Jaan_Tonisson_(Lasteleht), lk 334
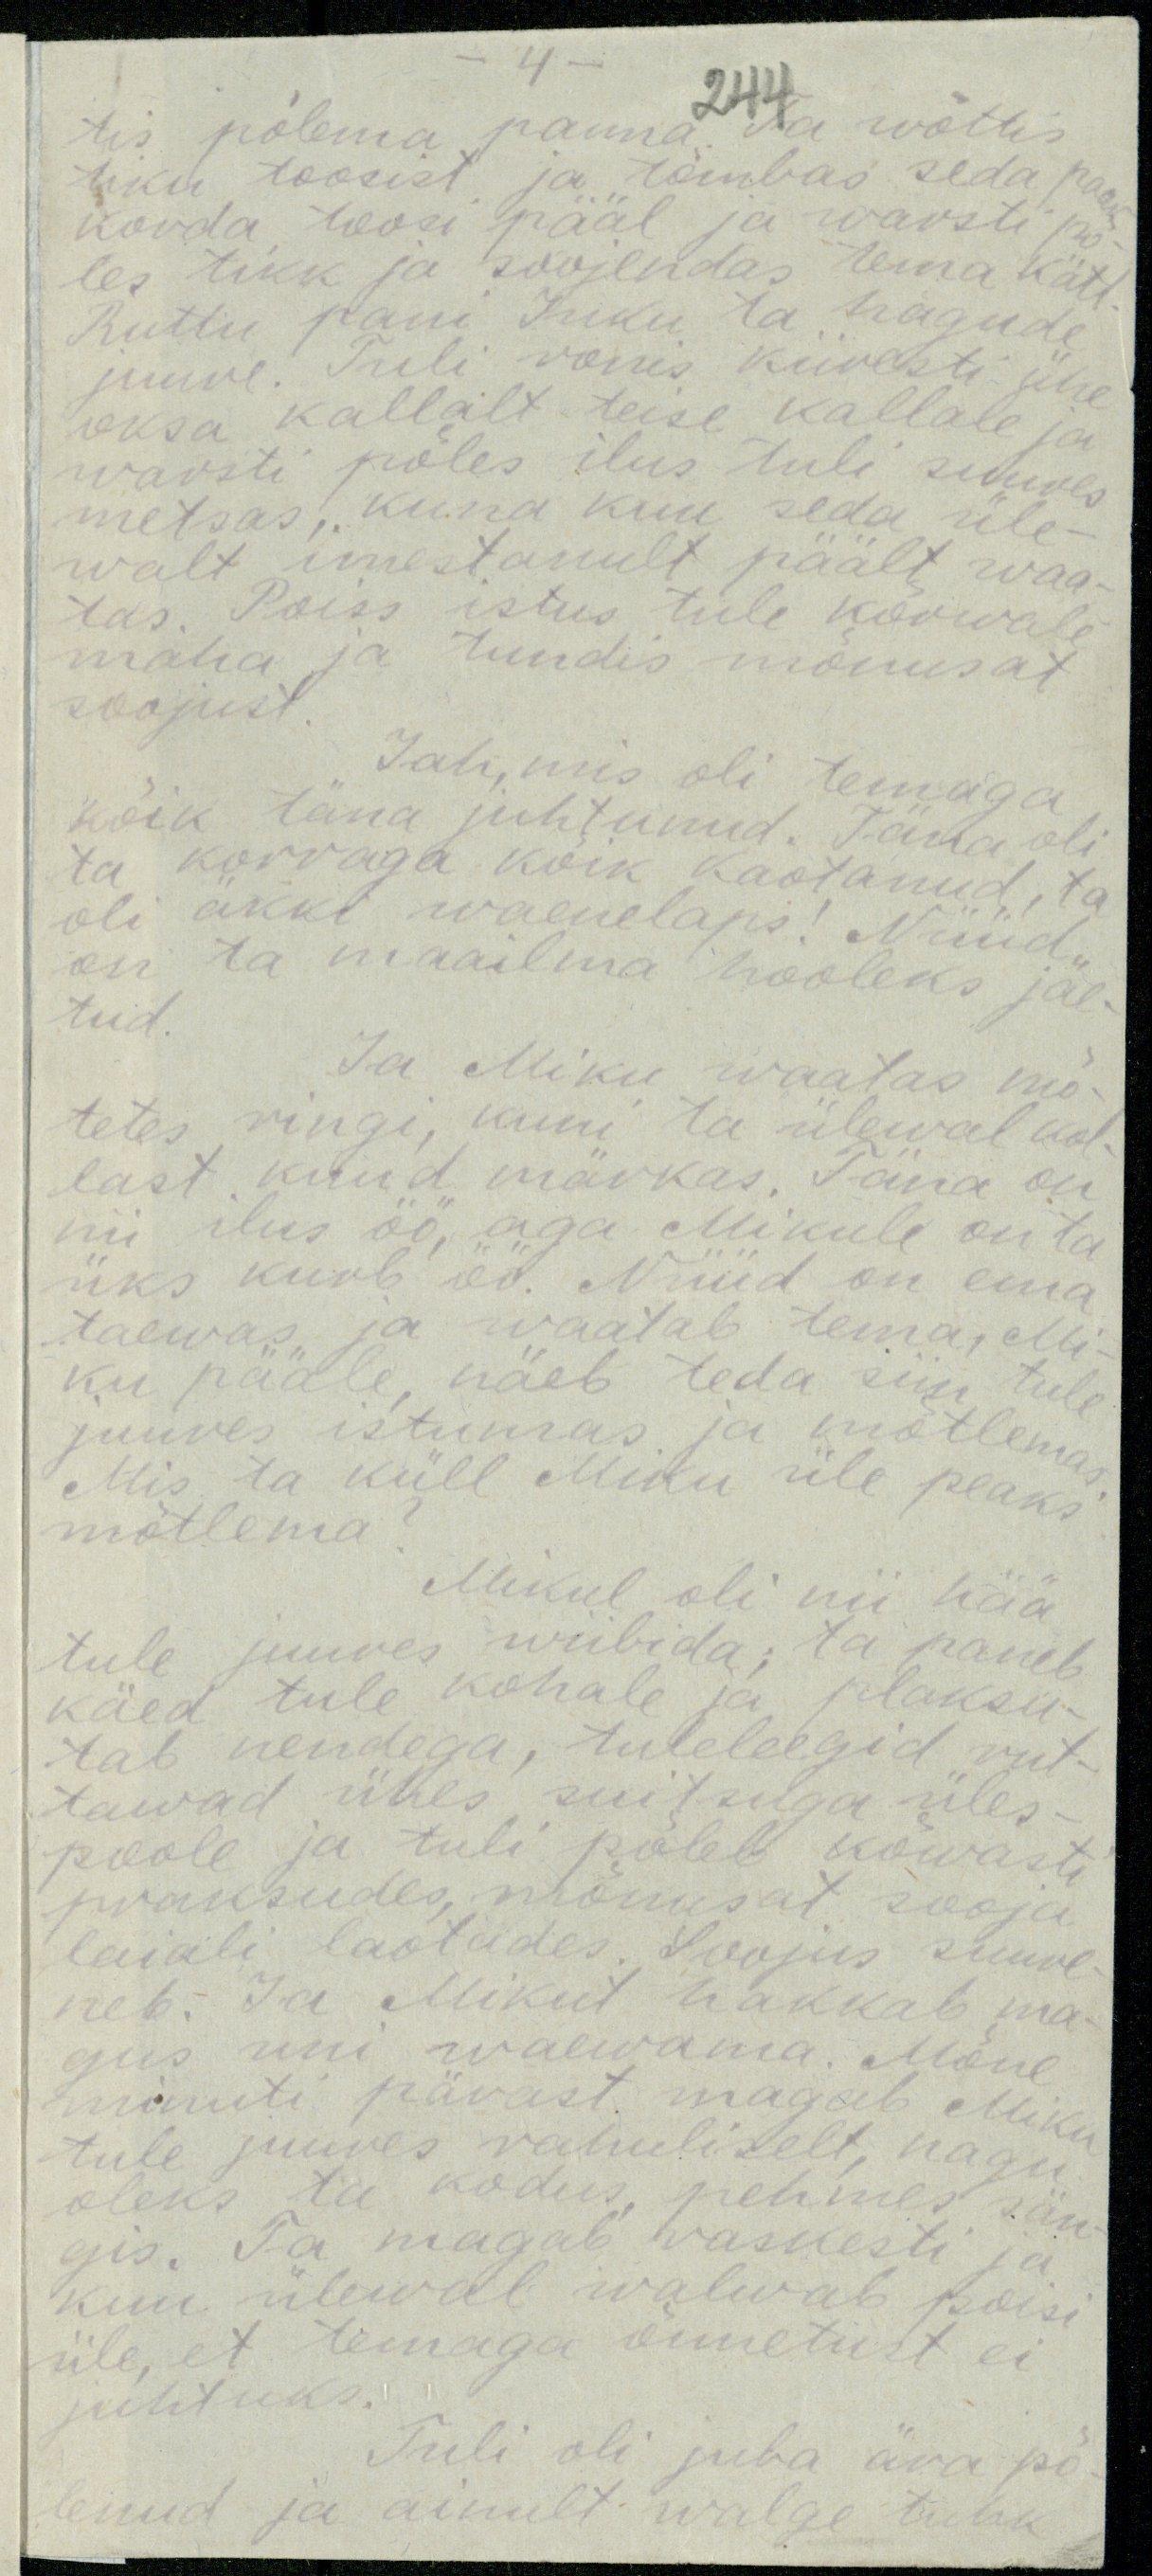
4.

244

tis põlema panna. Ta wõttis pea-
tiku toosist ja tõmbas seda paar
korda toosi pääl ja warsti põ-
les tikk ja soojendas tema kätt-
Ruttu pani Miku ta hagude
juure. Tuli ronis kiiresti ühe
oksa kallalt teise kallale ja
warsti põles ilus tuli suures
metsas, kuna kuu seda üle-
walt imestanult päält waa-
tas. Poiss istus tule kõrwale
maha ja tundis mõnusat
soojust

Jah, mis oli temaga
kõik täna juhtunud. Täna oli
ta korraga kõik kaotanud, ta
oli äkki waenelaps! Nüüd
on ta maailma hooleks jäe-
tud.

Ja Miku waatas mo-
tetes ringi, kuni ta ülewal kol-
last kuud märkas. Täna on
nii ilus öö, aga Mikule on ta
üks kurb öö. Nüüd on ema
taewas ja waatab tema, Mi-
ku pääle, näeb teda siin tule,
juures istumas ja mõtlemas
Mis ta küll Miku üle peaks
mõtlema

Mikul oli nii hää
tule juures wiibida; ta paneb
käed tule kohale ja plaksu-
tab nendega, tuleleegid rut-
tawad ühes suitsuga üles-
poole ja tuli poleb kõwasti
praksudes, mõnusat sooja
lajali laotades Soojus suure
neb. Ja Mikut hakkab ma
gus uni waewama. Mõne
minuti pärast magab Miku
tule juures rahuliselt, nagu
oleks ta kodus, pehmes sän
gis. Ta magab raskesti ja
kuu ülewal walwab poisi
üle, et temaga õnnetust ei
juhtuks.
Tuli oli juba ära põ
lenud ja ainult walge tuhk.